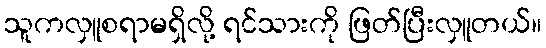
သူကလှူစရာမရှိလို့ ရင်သားကို ဖြတ်ပြီးလှူတယ်။